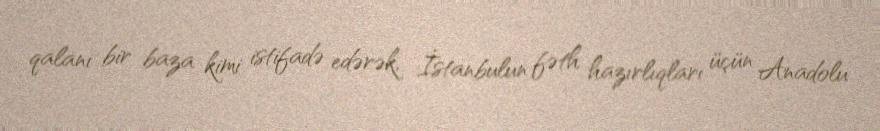
qalanı bir baza kimi istifadə edərək, İstanbulun fəth hazırlıqları üçün Anadolu